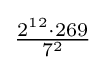
{\tfrac {2^{12}\cdot 269}{7^{2}}}